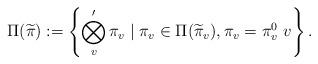
LaTeX: \begin{align*}\Pi(\widetilde{\pi}):= \left\{\bigotimes_v^\prime \pi_v \mid \pi_v \in \Pi(\widetilde{\pi}_v), \pi_v=\pi^0_v \,\, v \right\}.\end{align*}